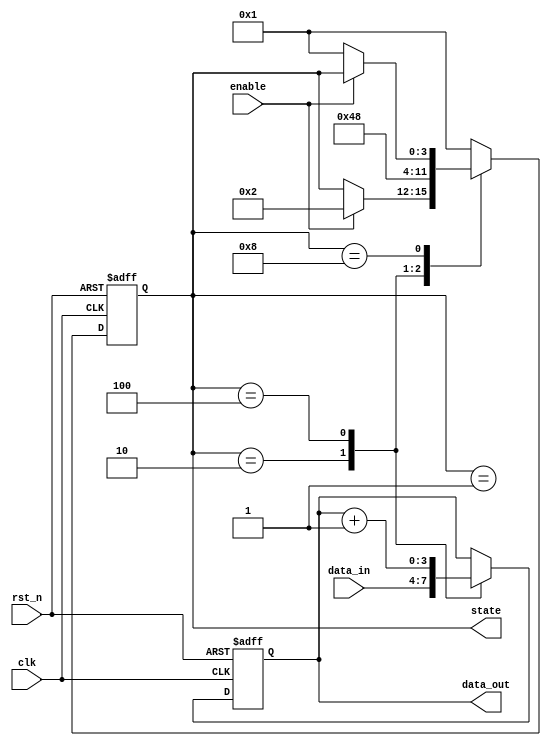
module my_sequential_logic (
    input wire clk,            // Clock input
    input wire rst_n,         // Active-low reset
    input wire enable,        // Control signal for state update
    input wire [3:0] data_in, // Input data
    output reg [3:0] state,   // State variable
    output reg [3:0] data_out  // Output data
);

    // State encoding
    localparam STATE_IDLE = 4'b0001;
    localparam STATE_LOAD = 4'b0010;
    localparam STATE_PROCESS = 4'b0100;
    localparam STATE_DONE = 4'b1000;

    // Sequential logic block
    always @ (posedge clk or negedge rst_n) begin
        if (!rst_n) begin
            // Asynchronous reset
            state <= STATE_IDLE;
            data_out <= 4'b0000;
        end else begin
            // State update based on enable signal
            case (state)
                STATE_IDLE: begin
                    if (enable) begin
                        state <= STATE_LOAD;
                    end
                end

                STATE_LOAD: begin
                    data_out <= data_in; // Load input data
                    state <= STATE_PROCESS;
                end

                STATE_PROCESS: begin
                    // Example processing logic (could be arithmetic, etc.)
                    data_out <= data_out + 1; // Increment the output
                    state <= STATE_DONE;
                end

                STATE_DONE: begin
                    // Reset to idle or wait for another enable signal
                    if (!enable) begin
                        state <= STATE_IDLE;
                    end
                end

                default: begin
                    state <= STATE_IDLE; // Default state
                end
            endcase
        end
    end

endmodule